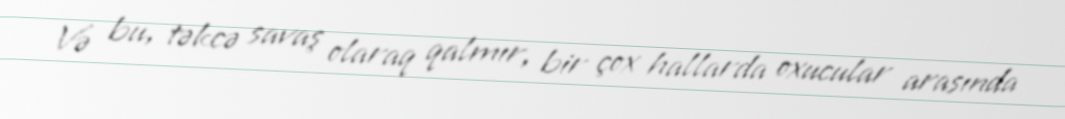
Və bu, təkcə savaş olaraq qalmır, bir çox hallarda oxucular arasında